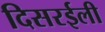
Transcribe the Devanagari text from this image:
दिसरईली